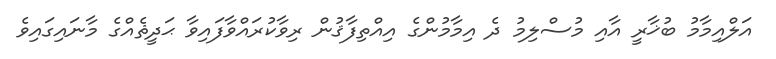
އަލްއިމާމު ބުޚާރީ އާއި މުސްލިމު ދެ އިމާމުންގެ އިއްތިފާޤުން ރިވާކުރައްވާފައިވާ ޙަދީޘެއްގެ މާނައިގައިވެ